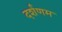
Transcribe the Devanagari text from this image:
दर्शणम